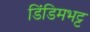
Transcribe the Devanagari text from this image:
डिंडिमभट्ट